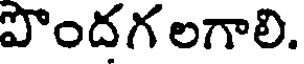
పొందగ లగాలి.